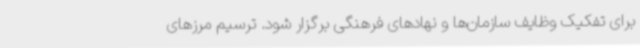
برای تفکیک وظایف سازمان‌ها و نهادهای فرهنگی برگزار شود. ترسیم مرزهای